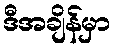
ဒီအချိန်မှာ